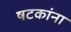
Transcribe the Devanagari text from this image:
षटकांना